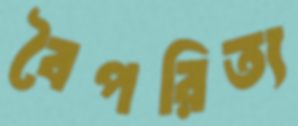
বৈপরিত্য